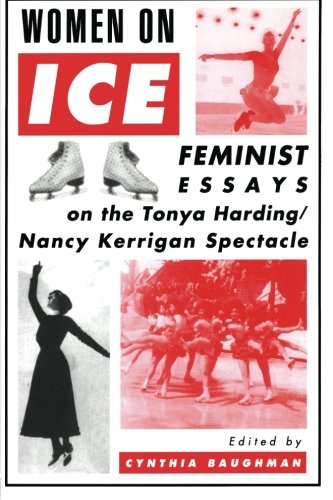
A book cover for Women On Ice: Feminist Responses to the Tonya Harding/Nancy Kerrigan Spectacle; Sports & Outdoors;